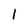
Character: 1